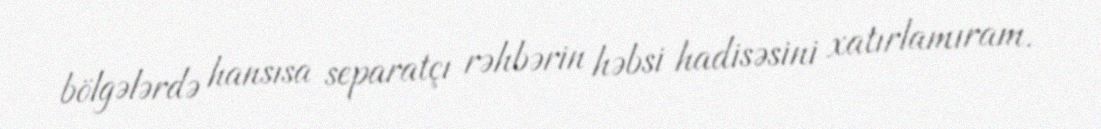
bölgələrdə hansısa separatçı rəhbərin həbsi hadisəsini xatırlamıram.